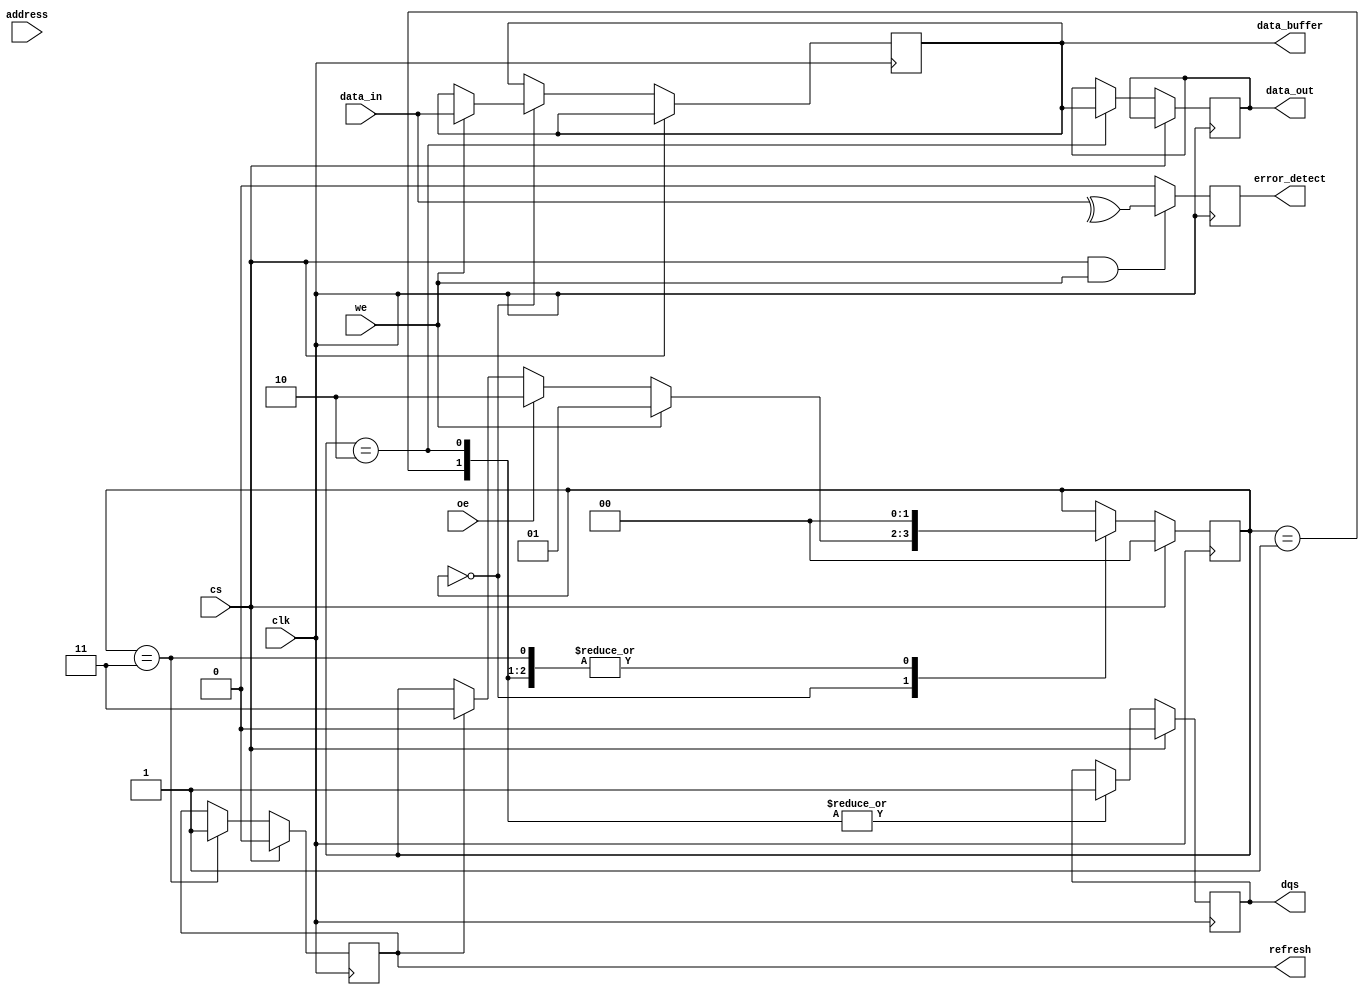
module sdram_io_block (
    input wire clk,               // Clock input
    input wire cs,                // Chip Select
    input wire we,                // Write Enable
    input wire oe,                // Output Enable
    input wire [31:0] data_in,    // Input data bus (32 bits wide)
    output reg [31:0] data_out,    // Output data bus (32 bits wide)
    input wire [15:0] address,     // Address lines (16 bits wide)
    output reg dqs,                // Data Strobe
    output reg [31:0] data_buffer, // Internal data buffer
    output reg refresh,            // Refresh control signal
    output reg error_detect        // Error detection signal (optional)
);

// State definitions
localparam IDLE = 2'b00;
localparam WRITE = 2'b01;
localparam READ = 2'b10;
localparam REFRESH = 2'b11;

reg [1:0] state; // Current state

// Timing parameters (example values)
parameter CAS_LATENCY = 2; // Column Address Strobe latency

// Process for SDRAM I/O operations
always @(posedge clk) begin
    if (!cs) begin // If chip is selected
        case (state)
            IDLE: begin
                if (we) begin
                    // Write operation
                    data_buffer <= data_in; // Capture incoming data
                    state <= WRITE;
                end else if (oe) begin
                    // Read operation
                    state <= READ;
                end else if (refresh) begin
                    // Refresh operation
                    state <= REFRESH;
                end
            end
            
            WRITE: begin
                // Simulate write operation
                // In a real design, you would write to memory here
                // For now, just drive the DQS and clear the state
                dqs <= 1; // Assert DQS during write
                state <= IDLE; // Go back to idle
            end
            
            READ: begin
                // Simulate read operation
                // In a real design, you would read from memory here
                data_out <= data_buffer; // Drive data onto the bus
                dqs <= 1; // Assert DQS during read
                state <= IDLE; // Go back to idle
            end
            
            REFRESH: begin
                // Simulate refresh operation
                // In a real design, you would refresh memory cells here
                refresh <= 1; // Assert refresh signal
                state <= IDLE; // Go back to idle
            end
            
            default: state <= IDLE; // Default case
        endcase
    end else begin
        // If chip is not selected, reset state and outputs
        state <= IDLE;
        dqs <= 0;
        refresh <= 0;
    end
end

// Optional error detection logic (parity check)
always @(posedge clk) begin
    if (cs && we) begin
        // Simple parity check (even parity)
        error_detect <= ^data_in; // XOR all bits for parity
    end else begin
        error_detect <= 0; // No error if not writing
    end
end

endmodule